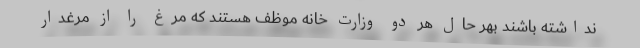
نداشته باشند بهر حال هر دو وزارت خانه موظف هستند که مرغ را از مرغدار